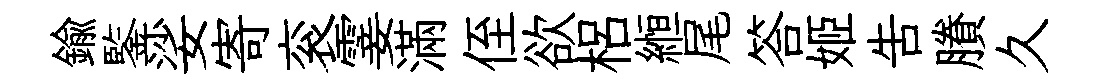
鍮鍳娑寄衮霎滿侄欲梠縆尾答姬告賸久